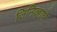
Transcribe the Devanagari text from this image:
जिनिव्हाचे